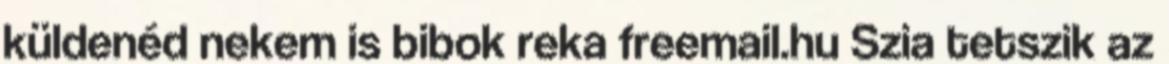
küldenéd nekem is bibok reka freemail.hu Szia tetszik az